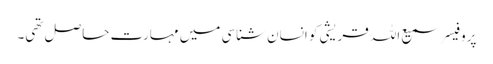
پروفیسر سمیع اللہ قریشی کو انسان شناسی میں مہارت حاصل تھی۔